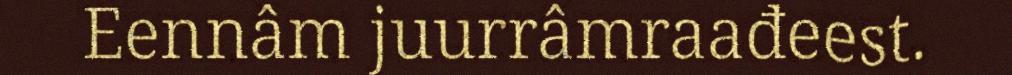
Eennâm juurrâmraađeest.